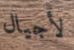
لأجيال